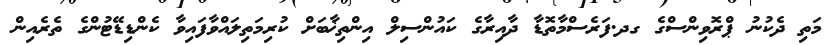
މަތި ދެކުނު ޕްރޮވިންސްގެ ގދ.ފަރެސްމާތޮޑާ ދާއިރާގެ ކައުންސިލް އިންތިޚާބަށް ކުރިމަތިލައްވާފައިވާ ކެންޑިޑޭޓުންގެ ތެރެއިން